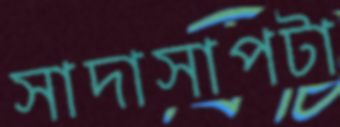
সাদাসাপটা